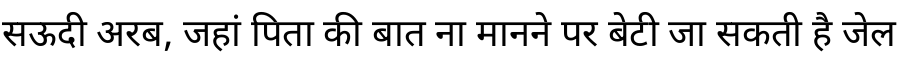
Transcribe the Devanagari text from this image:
सऊदी अरब, जहां पिता की बात ना मानने पर बेटी जा सकती है जेल